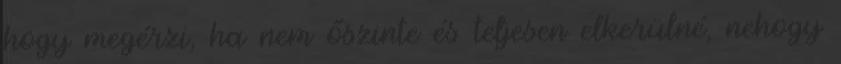
hogy megérzi, ha nem őszinte és teljesen elkerülné, nehogy